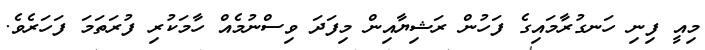
މިއީ ފިނި ހަނގުރާމައިގެ ފަހުން ރަޝިޔާއިން މިފަދަ ވިސްނުމެއް ހާމަކުރި ފުރަތަމަ ފަހަރެވެ.